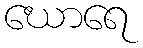
ဃောရေ